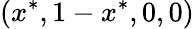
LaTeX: (x^{*},1-x^{*},0,0)